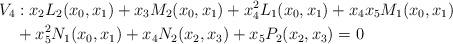
LaTeX: \begin{align*}V_4&: x_2L_2(x_0,x_1)+x_3M_2(x_0,x_1)+x_4^2L_1(x_0,x_1)+x_4x_5M_1(x_0,x_1)\\&+x_5^2N_1(x_0,x_1)+x_4N_2(x_2,x_3)+x_5P_2(x_2,x_3)=0\end{align*}